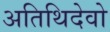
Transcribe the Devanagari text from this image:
अतिथिदेवो